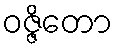
ဝဇ္ဇိတော